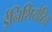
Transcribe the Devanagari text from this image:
ईनिशियेटिव